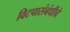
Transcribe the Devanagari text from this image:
विटपासंबंधीचे